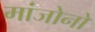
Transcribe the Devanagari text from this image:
मांजोनो